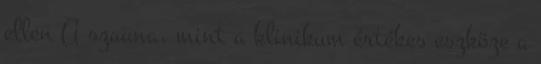
ellen A szauna, mint a klinikum értékes eszköze a